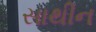
સાથીન